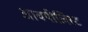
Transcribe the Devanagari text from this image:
आयपीलिस्ट